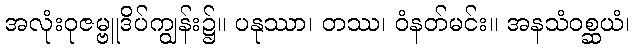
အလုံးဝုဇမ္ဗူဒိပ်ကျွန်း၌။ ပနုဿာ၊ တဿ၊ ဝံနတ်မင်း။ အနသံဝစ္ဆယံ၊